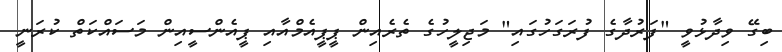
ބިގޭ ވިދާޅުވީ "ފަރުދާގެ ފުރަގަހުގައި" މަޖިލީހުގެ ތެރެއިން ޕީޕީއެމްއާއި ޕީއެންސީއިން މަސައްކަތް ކުރަނީ